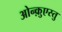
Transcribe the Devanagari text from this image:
ओन्क़ुएस्तु